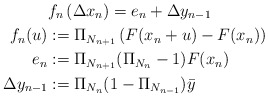
\begin{align*}& f_{n}\left( \Delta x_{n}\right) =e_{n}+\Delta y_{n-1}\\f_{n}(u) & :=\Pi_{N_{n+1}}\left( F(x_{n}+u)-F(x_{n})\right) \\e_{n} & :=\Pi_{N_{n+1}}(\Pi_{N_{n}}-1)F(x_{n})\\\Delta y_{n-1} & :=\Pi_{N_{n}}(1-\Pi_{N_{n-1}})\bar{y} \end{align*}